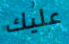
عليك